Report of the Municipal Commissioner on the plague in Bombay for the year ending 31st May... - Volume 3
Disease focus: Plague
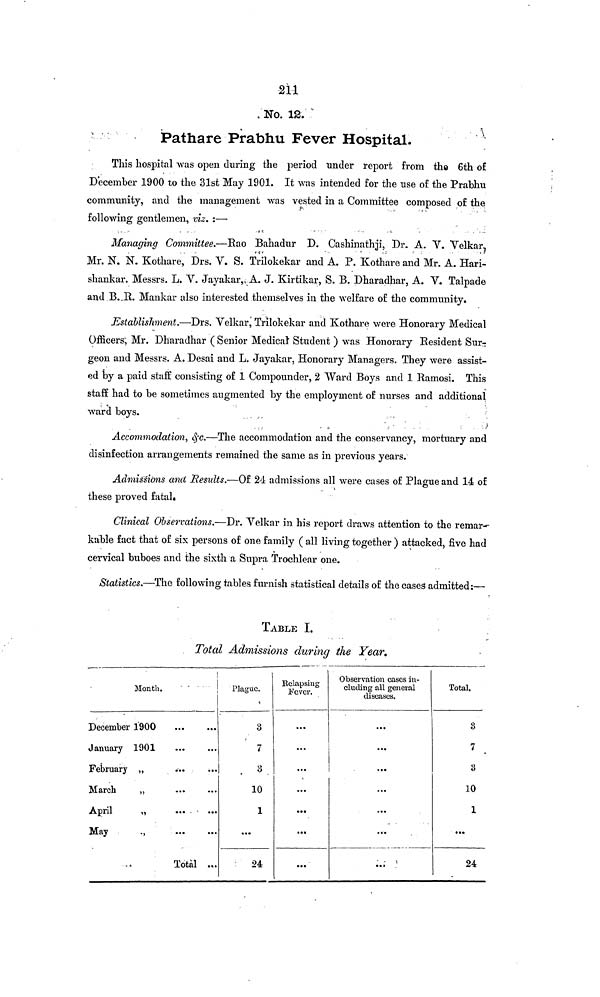
211
No. 12.
Pathare Prabhu Fever
Hospital.
This hospital was open during the period under report from the 6th of
December 1900 to the 31st May 1901. It was intended for the use of the Prabhu
community, and the management was vested in a Committee composed of the
following gentlemen, viz. :—
Managing Committee.—Rao Bahadur D. Cashinathji, Dr. A. V. Velkar
Mr. N. N. Kothare, Drs. V. S. Trilokekar and A. P. Kothare and Mr. A. Hari-
shankar. Messrs. L. V. Jayakar,. A. J. Kirtikar, S. B. Dharadhar, A. V* Talpade
and B._R. Mankar also interested themselves in the welfare of the community.
Establishment.—Drs. Velkar,' Trilokekar and Kothare were Honorary Medical
Officers; Mr. Dharadhar ( Senior Medical Student ) was Honorary Resident Sur-
geon and Messrs. A. Desai and L. Jayakar, Honorary Managers. They were assist-
ed by a paid staff consisting of 1 Compounder, 2 Ward Boys and 1 Ramosi. This
staff had to be sometimes augmented by the employment of nurses and additional
ward boys.
;
)
Accommodation, &c.—The accommodation and the conservancy, mortuary and
disinfection arrangements remained the same as in previous years.
Admissions and Results.—Of 24 admissions all were cases of Plague and 14 of
these proved fatal.
Clinical Observations.—Dr. Velkar in his report draws attention to the remar-
kable fact that of six persons of one family ( all living together ) attacked, five had
cervical buboes and the sixth a Supra Trochlear one.
Statistics.—The following tables furnish statistical details of the cases admitted:—
TABLE I.
Total Admissions during the Year.
Month.
December Í900
January 1901
February „
...
March
„
April
„
... - ...
May
.,
Total ...
Plague.
3
7
3
10
1
...
24
Relapsing
Fever.
...
...
...
...
...
...
...
Observation cases in-
cluding all general
diseases.
...
...
...
...
...
...
• -
1
• » »
Total.
3
7
3
10
1
...
24